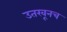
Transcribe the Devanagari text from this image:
उतरवूनच